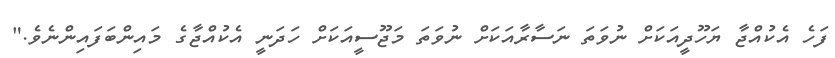
ފަހެ އެކުއްޖާ ޔަހޫދީއަކަށް ނުވަތަ ނަސާރާއަކަށް ނުވަތަ މަޖޫސީއަކަށް ހަދަނީ އެކުއްޖާގެ މައިންބަފައިންނެވެ."